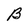
Character: B